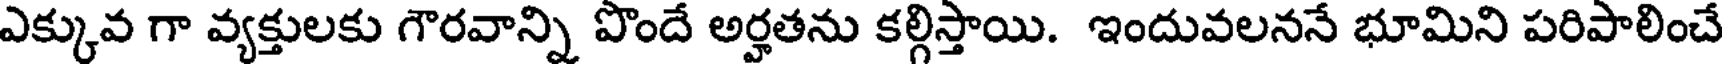
ఎక్కువ గా వ్యక్తులకు గౌరవాన్ని పొందే అర్హతను కల్గిస్తాయి. ఇందువలననే భూమిని పరిపాలించే